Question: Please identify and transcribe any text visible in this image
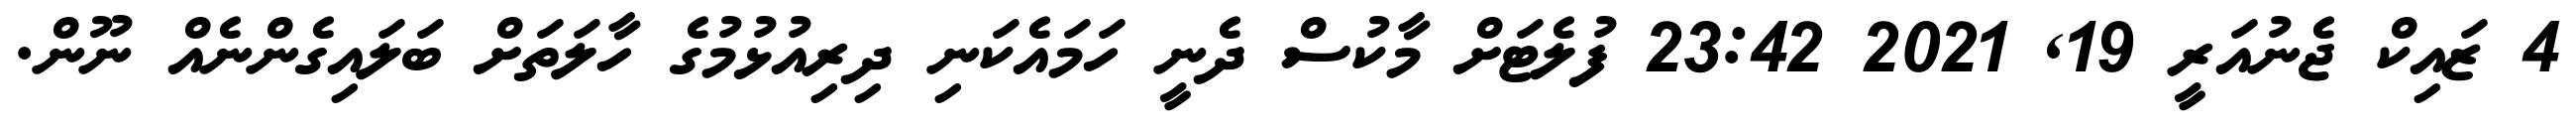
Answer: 4 ޒައިކް ޖެނުއަރީ 19, 2021 23:42 ފުލެޓަށް މާކުސް ދެނީ ހަމައެކަނި ދިރިއުޅުމުގެ ހާލަތަށް ބަލައިގެންނެއް ނޫން.